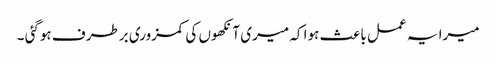
میرا یہ عمل باعث ہوا کہ میری آنکھوں کی کمزوری برطرف ہوگئی ۔